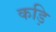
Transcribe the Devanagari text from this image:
कड़ि